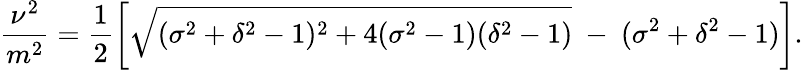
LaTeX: \frac{\nu^{2}}{m^{2}}=\frac{1}{2}\left[\sqrt{(\sigma^{2}+\delta^{2}-1)^{2}+4(\sigma^{2}-1)(\delta^{2}-1)}\ -\ (\sigma^{2}+\delta^{2}-1)\right].